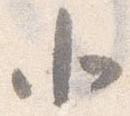
北